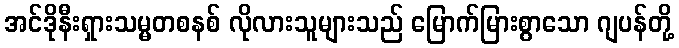
အင်ဒိုနီးရှားသမ္မတစနစ် လိုလားသူများသည် မြောက်မြားစွာသော ဂျပန်တို့